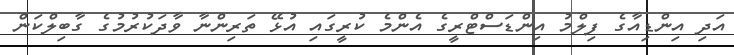
އަދި އިންޑިއާގެ ފިލްމު އިންޑަސްޓްރީގެ އެންމެ ކުރީގައި އުޅޭ ތަރިންނާ ވާދަކުރުމުގެ ގާބިލްކަން